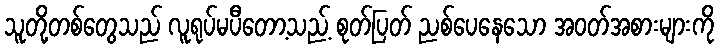
သူတို့တစ်တွေသည် လူရုပ်မပီတော့သည့် စုတ်ပြတ် ညစ်ပေနေသော အဝတ်အစားများကို